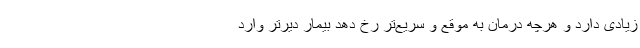
زیادی دارد و هرچه درمان به موقع و سریع‌تر رخ دهد بیمار دیرتر وارد